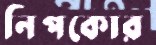
নিপকোর